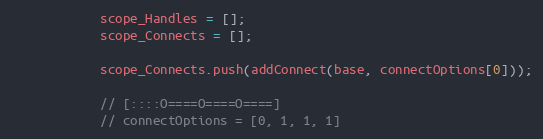
Language: JavaScript
            scope_Handles = [];
            scope_Connects = [];

            scope_Connects.push(addConnect(base, connectOptions[0]));

            // [::::O====O====O====]
            // connectOptions = [0, 1, 1, 1]